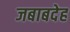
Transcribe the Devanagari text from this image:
जबाबदेह